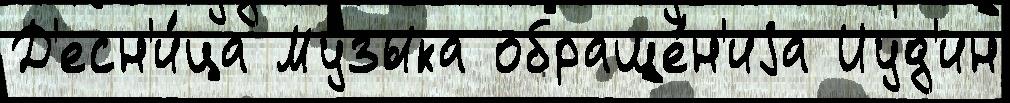
Д'есн'и́ца Му́зыка обраще́н'иjа Иуд'ин